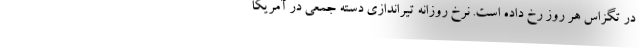
در تگزاس هر روز رخ داده است. نرخ روزانه تیراندازی دسته جمعی در آمریکا